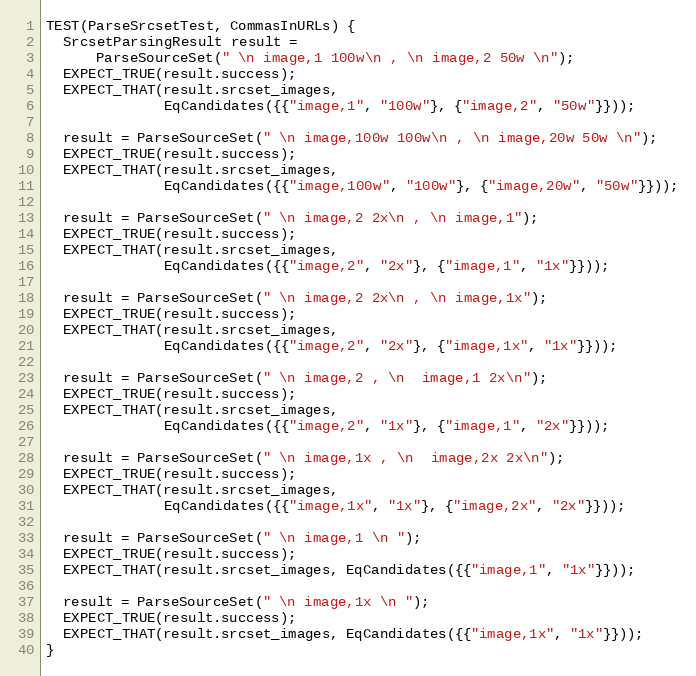
Language: C++
TEST(ParseSrcsetTest, CommasInURLs) {
  SrcsetParsingResult result =
      ParseSourceSet(" \n image,1 100w\n , \n image,2 50w \n");
  EXPECT_TRUE(result.success);
  EXPECT_THAT(result.srcset_images,
              EqCandidates({{"image,1", "100w"}, {"image,2", "50w"}}));

  result = ParseSourceSet(" \n image,100w 100w\n , \n image,20w 50w \n");
  EXPECT_TRUE(result.success);
  EXPECT_THAT(result.srcset_images,
              EqCandidates({{"image,100w", "100w"}, {"image,20w", "50w"}}));

  result = ParseSourceSet(" \n image,2 2x\n , \n image,1");
  EXPECT_TRUE(result.success);
  EXPECT_THAT(result.srcset_images,
              EqCandidates({{"image,2", "2x"}, {"image,1", "1x"}}));

  result = ParseSourceSet(" \n image,2 2x\n , \n image,1x");
  EXPECT_TRUE(result.success);
  EXPECT_THAT(result.srcset_images,
              EqCandidates({{"image,2", "2x"}, {"image,1x", "1x"}}));

  result = ParseSourceSet(" \n image,2 , \n  image,1 2x\n");
  EXPECT_TRUE(result.success);
  EXPECT_THAT(result.srcset_images,
              EqCandidates({{"image,2", "1x"}, {"image,1", "2x"}}));

  result = ParseSourceSet(" \n image,1x , \n  image,2x 2x\n");
  EXPECT_TRUE(result.success);
  EXPECT_THAT(result.srcset_images,
              EqCandidates({{"image,1x", "1x"}, {"image,2x", "2x"}}));

  result = ParseSourceSet(" \n image,1 \n ");
  EXPECT_TRUE(result.success);
  EXPECT_THAT(result.srcset_images, EqCandidates({{"image,1", "1x"}}));

  result = ParseSourceSet(" \n image,1x \n ");
  EXPECT_TRUE(result.success);
  EXPECT_THAT(result.srcset_images, EqCandidates({{"image,1x", "1x"}}));
}